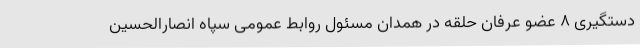
دستگیری ۸ عضو عرفان حلقه در همدان مسئول روابط عمومی سپاه انصارالحسین